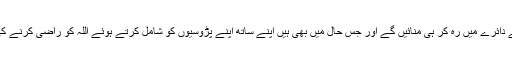
ہم سب یہ فیصلہ اور پختہ عہد کرتے ہیں کہ ہم اس بار کی عید انتہائی سادگی سنجیدگی اور متانت و عاجزی کے دائرے میں رہ کر ہی منائیں گے اور جس حال میں بھی ہیں اپنے ساتھ اپنے پڑوسیوں کو شامل کرتے ہوئے اللہ کو راضی کرنے کی بھرپور کوشش کریں گے، اس کے غضب و غصے کو ٹھنڈا کرنے کی ہر ممکن کوشش و جستجو کریں گے۔